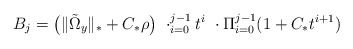
\begin{align*}B_j = \big(\Vert \tilde{\Omega}_y \Vert_* + C_* \rho\big)\ \cdot ^{j-1}_{i=0} t^{i} \ \cdot \Pi^{j-1}_{i=0} (1+ C_* t^{i+1})\end{align*}